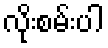
လိုးစမ်းပါ